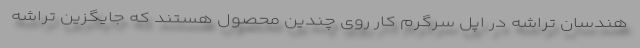
هندسان تراشه در اپل سرگرم کار روی چندین محصول هستند که جایگزین تراشه